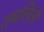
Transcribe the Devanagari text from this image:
तमस्विनी